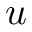
u